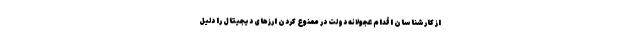
از کارشناسان اقدام عجولانه دولت در ممنوع کردن ارزهای دیجیتال را دلیل